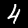
Label: 4